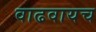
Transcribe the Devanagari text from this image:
वाढवायच